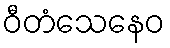
ဝီတံသေနေဝ